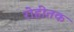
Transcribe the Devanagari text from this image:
रोहीतक